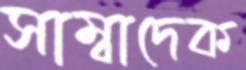
সাম্বাদেক